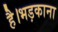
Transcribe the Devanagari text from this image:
है।भड़काना